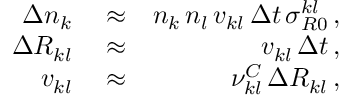
\begin{array} { r l r } { \Delta n _ { k } } & { { } \approx } & { n _ { k } \, n _ { l } \, v _ { k l } \, \Delta t \, \sigma _ { R 0 } ^ { k l } \, , } \\ { \Delta R _ { k l } } & { { } \approx } & { v _ { k l } \, \Delta t \, , } \\ { v _ { k l } } & { { } \approx } & { \nu _ { k l } ^ { C } \, \Delta R _ { k l } \, , } \end{array}